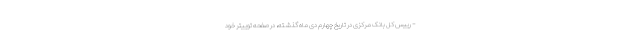
– رییس کل بانک مرکزی در تاریخ چهارم دی ماه گذشته، در صفحه توییتر خود